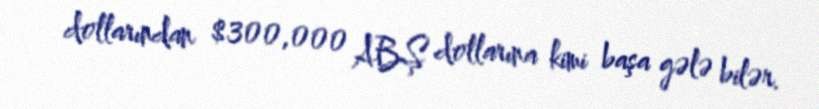
dollarından $300,000 ABŞ dollarına kimi başa gələ bilər.